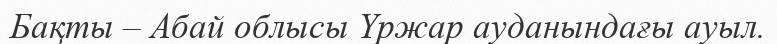
Бақты – Абай облысы Үржар ауданындағы ауыл.